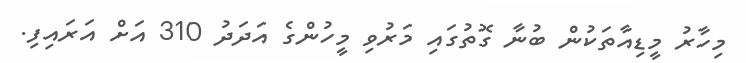
މިހާރު މީޑިއާތަކުން ބުނާ ގޮތުގައި މަރުވި މީހުންގެ އަދަދު 310 އަށް އަރައިފި.